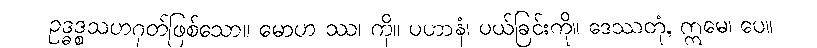
ဥဒ္ဓဒ္စသဟဂုတ်ဖြစ်သော။ မောဟ ဿ၊ ကို။ ပဟာနံ၊ ပယ်ခြင်းကို။ ဒေဿတုံ, ဣမေ၊ ပေ။